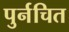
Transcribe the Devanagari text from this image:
पुर्नचित